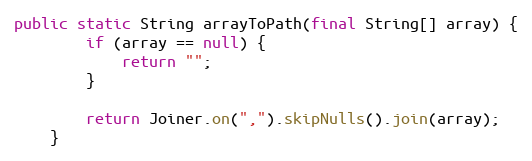
Language: Java
public static String arrayToPath(final String[] array) {
        if (array == null) {
            return "";
        }

        return Joiner.on(",").skipNulls().join(array);
    }